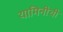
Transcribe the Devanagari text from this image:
यामिनीची